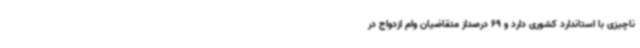
ناچیزی با استاندارد کشوری دارد و 69 درصداز متقاضیان وام ازدواج در